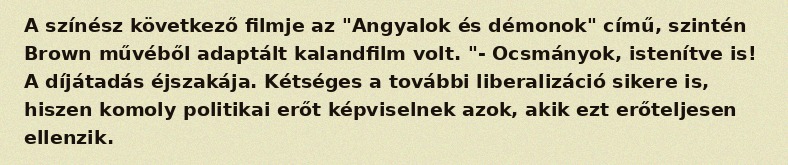
A színész következő filmje az "Angyalok és démonok" című, szintén Brown művéből adaptált kalandfilm volt. "- Ocsmányok, istenítve is! A díjátadás éjszakája. Kétséges a további liberalizáció sikere is, hiszen komoly politikai erőt képviselnek azok, akik ezt erőteljesen ellenzik.